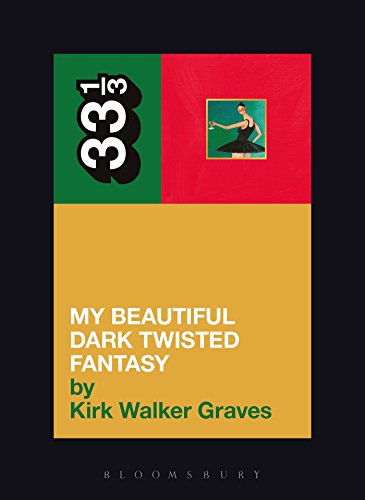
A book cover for Kanye West's My Beautiful Dark Twisted Fantasy (33 1/3); Kirk Walker Graves; Arts & Photography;